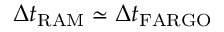
\Delta t _ { \mathrm { R A M } } \simeq \Delta t _ { \mathrm { F A R G O } }